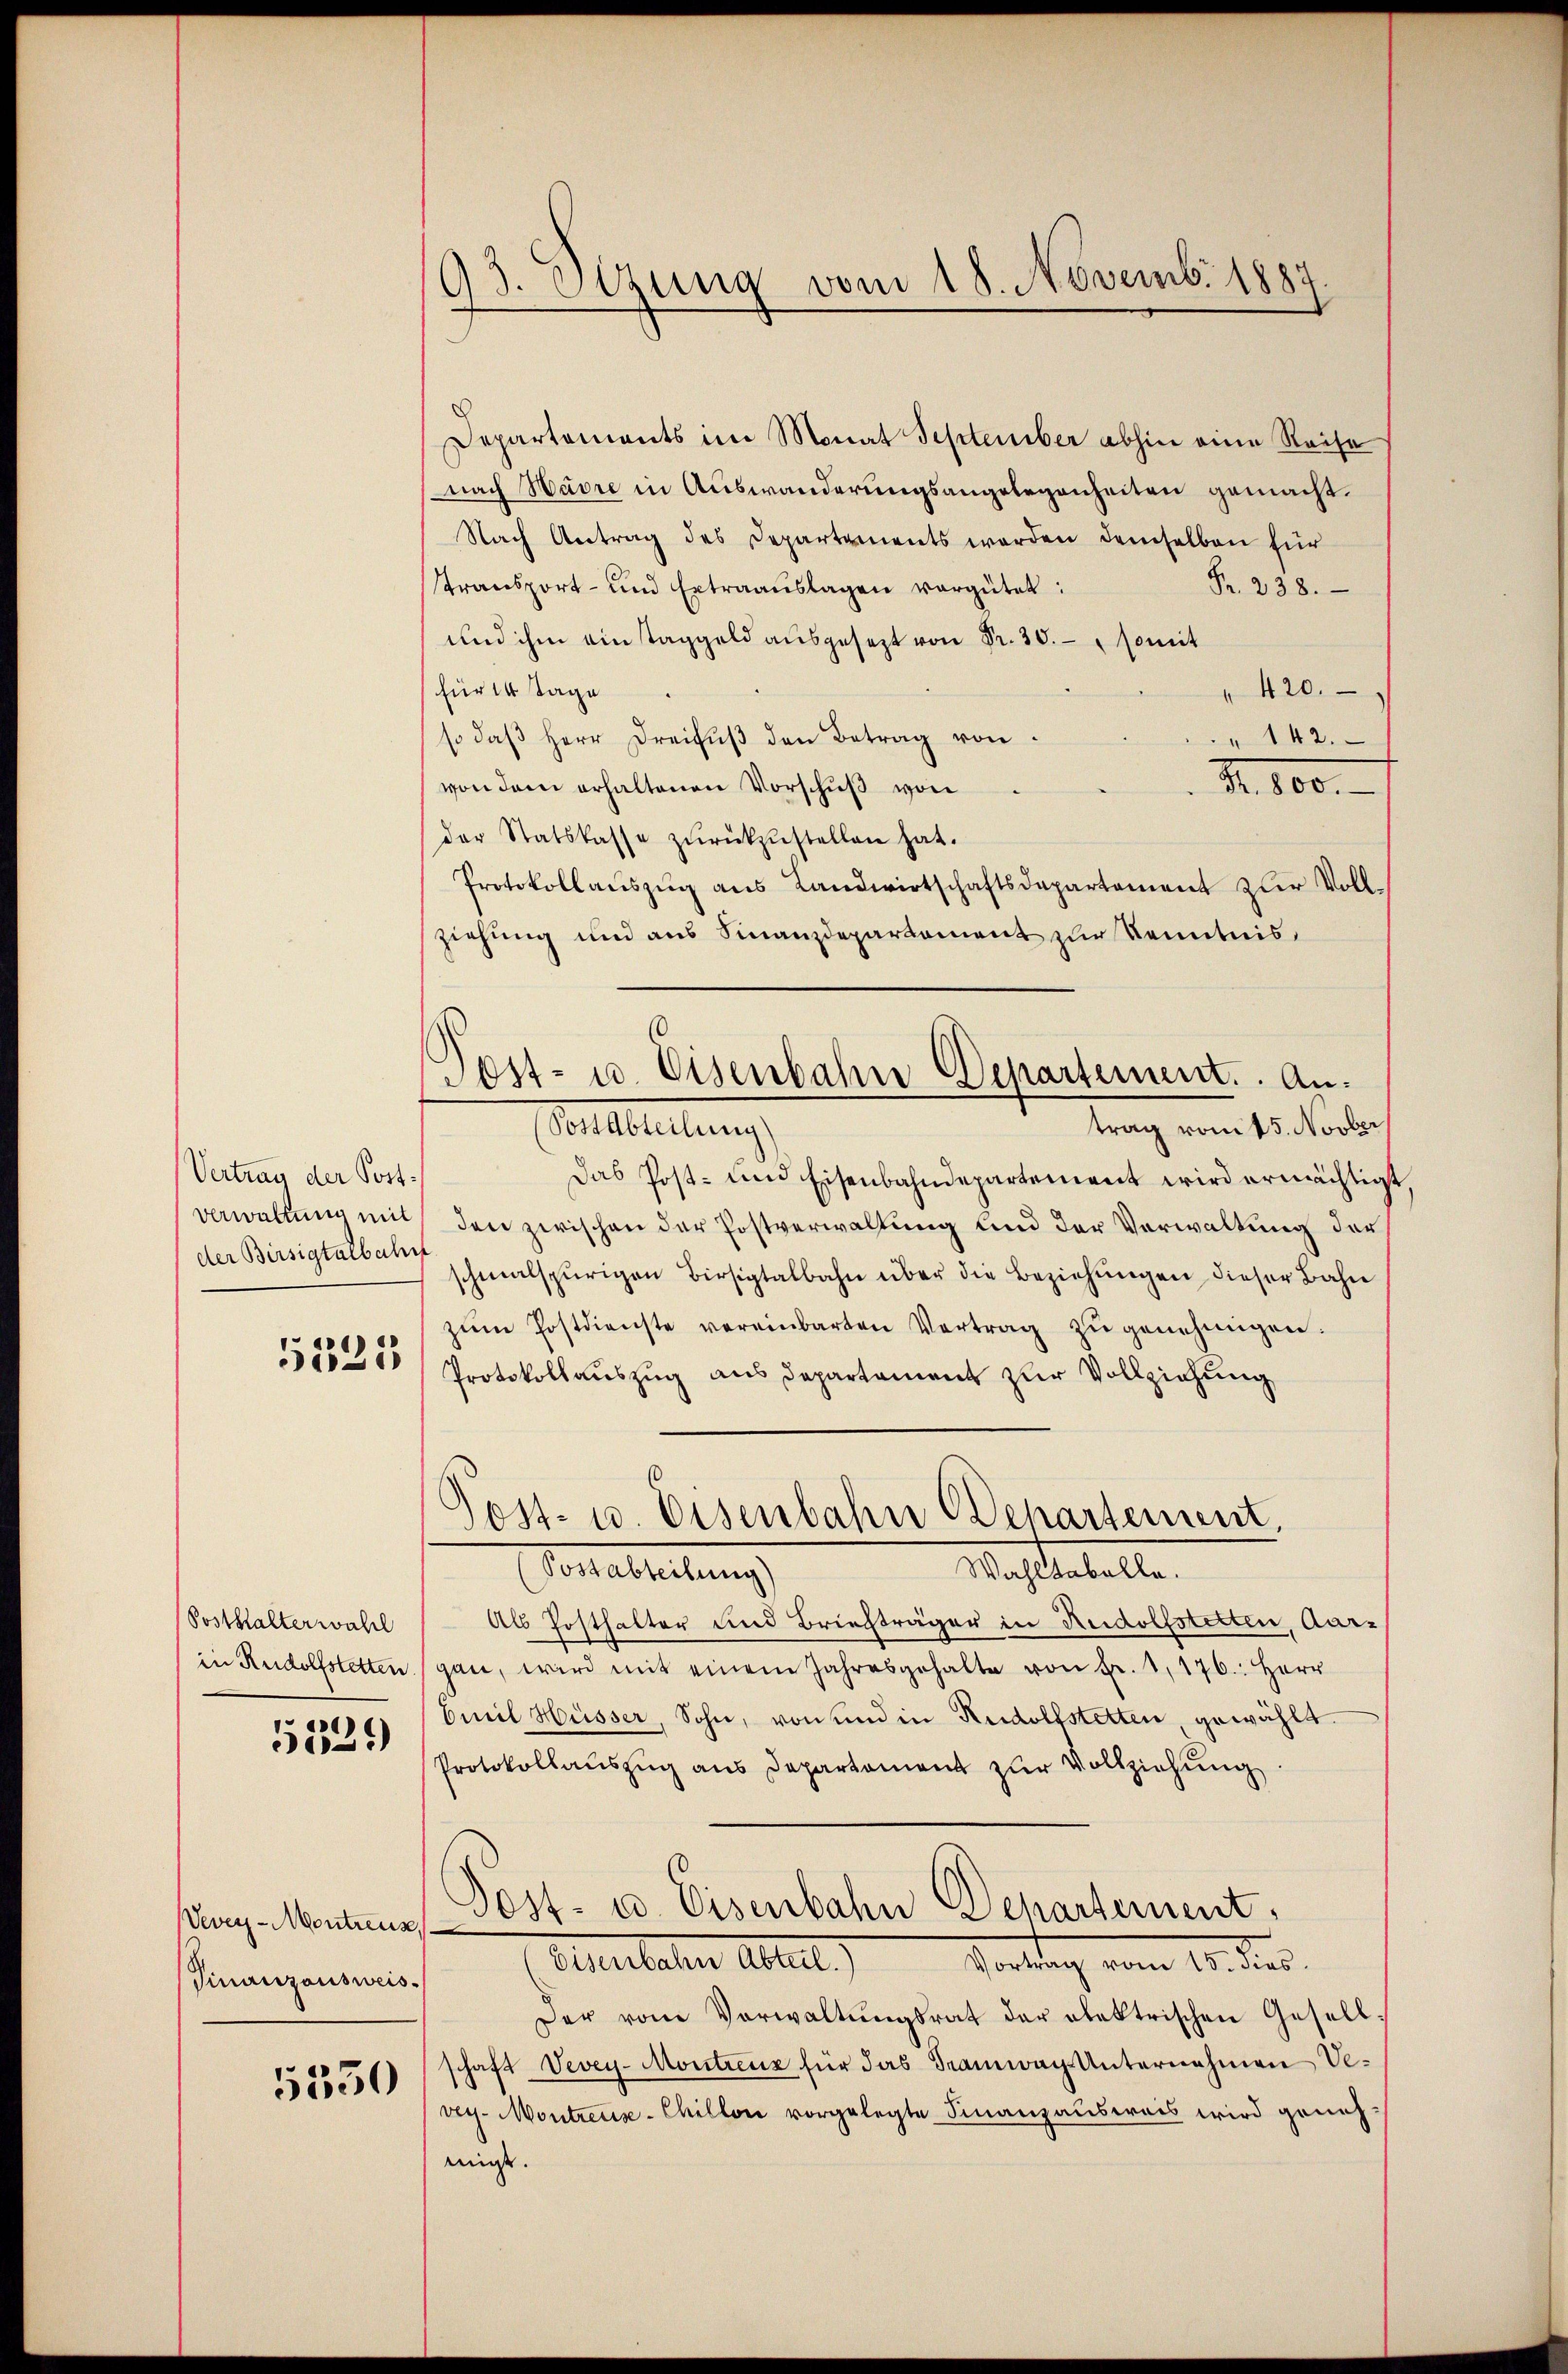
Vertrag der Post¬
Verwaltung mit
der Birsigtalbahns

5225

Sosthalterwahl
in Rudolfstetten.
)
37)

Vevey-Montreus
Finanzausweis

5350

93. Sizung vom 18. Novemb. 1887.

Post- u. Eisenbahn Departement. An¬

s
Departements im Monat September abhin eine Reise
nach Havre in Auswanderungsangelegenheiten gemacht.
Nach Antrag des Departements werden demselben für
stransport- und Extraaŭslagen vergütet:
Fr. 238.
und ihm eintaggeld ausgesezt von Fr. 30. somit
für 14 Tage
" 420.
so daβ Herr Dreifŭβ den Betrag von
" 142.
R. 100.
von dem erhaltenen Vorschuß von
der Statskasse zŭrückzŭstellen hat.
Protokollaŭszŭg ans Landwirtschaftsdepartement zur Vollziehung und aus Finanzdepartement zur Kenntnis,
trag vom 15. Novber
Altereitung
Das Post- und Eisenbahndepartement wird ermächtigt
den zwischen der Postverwaltung und der Verwaltung der
schmalspurigen Birsigtalbahn über die Beziehŭngen dieser Bahn
zŭm Postdienste vereinbarten Vertrag zŭ genehmigen.
Protokollauszug aus Departement zur Vollziehung
Gost- u. Eisenbahn Departement,
Venaltheilung
Wahltabelle.
Als Posthalter und Briefträger in Rudolfstetten, Aar-
gan, wird mit einem Jahresgehalte von Fr. 1,176: Herr
Emil Hüsser, Sohn, von und in Rudolfstetten gewählt.
Protokollaŭszŭg ans Departement zŭr Vollziehŭng
Post- u. Eisenbahn Departement.
Allerlehen Aller.)
Sontag vom 10. des
Der vom Verwaltŭngsrat der elektrischen Gesell
schaft Vevey-Montreuz für das Tramwach Unternehmen Vedg. Montreuse-Chillon vorgelegte Finanzausweis wird geneh-
muss.